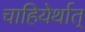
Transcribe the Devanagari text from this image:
चाहियेर्थात्